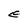
Character: E